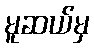
မူဆယ်မှ